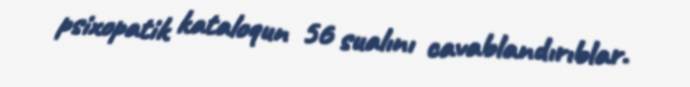
psixopatik kataloqun 56 sualını cavablandırıblar.